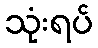
သုံးရပ်